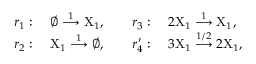
\begin{array} { r l } & { r _ { 1 } : \quad \varnothing \stackrel { 1 } { \longrightarrow } \mathrm { X } _ { 1 } , \quad \quad r _ { 3 } : \quad 2 \mathrm { X } _ { 1 } \stackrel { 1 } { \longrightarrow } \mathrm { X } _ { 1 } , } \\ & { r _ { 2 } : \quad \mathrm { X } _ { 1 } \stackrel { 1 } { \longrightarrow } \varnothing , \quad \quad r _ { 4 } ^ { \prime } : \quad 3 \mathrm { X } _ { 1 } \stackrel { 1 / 2 } { \longrightarrow } 2 \mathrm { X } _ { 1 } , } \end{array}